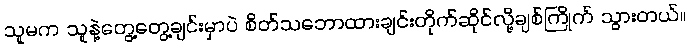
သူမက သူနဲ့တွေ့တွေ့ချင်းမှာပဲ စိတ်သဘောထားချင်းတိုက်ဆိုင်လို့ချစ်ကြိုက် သွားတယ်။